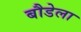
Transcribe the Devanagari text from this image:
बौडेला